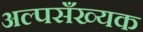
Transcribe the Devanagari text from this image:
अल्पसँख्यक